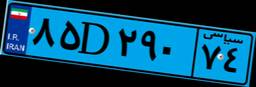
۰۵D۶۱۳۷۶